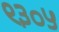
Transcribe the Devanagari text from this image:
९३०५